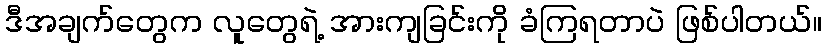
ဒီအချက်တွေက လူတွေရဲ့ အားကျခြင်းကို ခံကြရတာပဲ ဖြစ်ပါတယ်။